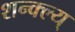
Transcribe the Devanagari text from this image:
शन्क्ल्य्